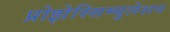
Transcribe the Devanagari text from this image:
प्रोझेस्सिम्युलेशन